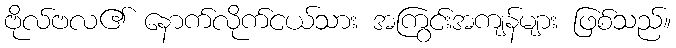
ဗိုလ်ဗလ၏ နောက်လိုက်ငယ်သား အကြွင်းအကျန်များ ဖြစ်သည်။